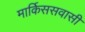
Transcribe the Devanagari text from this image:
मार्किससवासी